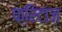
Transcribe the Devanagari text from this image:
फ्रिटाज़